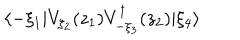
LaTeX: \langle - \xi _ { 1 } | V _ { \xi _ { 2 } } ( z _ { 1 } ) V _ { - \xi _ { 3 } } ^ { \dagger } ( z _ { 2 } ) | \xi _ { 4 } \rangle